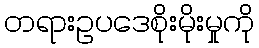
တရားဥပဒေစိုးမိုးမှုကို